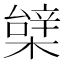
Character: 𣙼